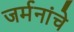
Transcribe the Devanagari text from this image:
जर्मनांचे